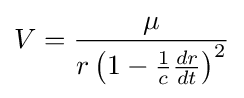
V={\frac {\mu }{r\left(1-{\frac {1}{c}}{\frac {dr}{dt}}\right)^{2}}}